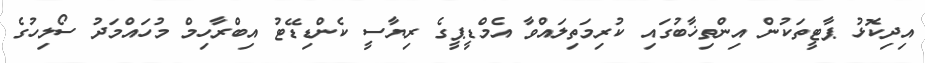
އިދިކޮޅު ޕާޓީތަކުން އިންތިޚާބުގައި ކުރިމަތިލައްވާ އެމްޑީޕީގެ ރިޔާސީ ކެންޑިޑޭޓު އިބްރާހިމް މުހައްމަދު ސޯލިހުގެ